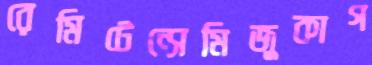
রেমিটেন্সেমিজুকাগ